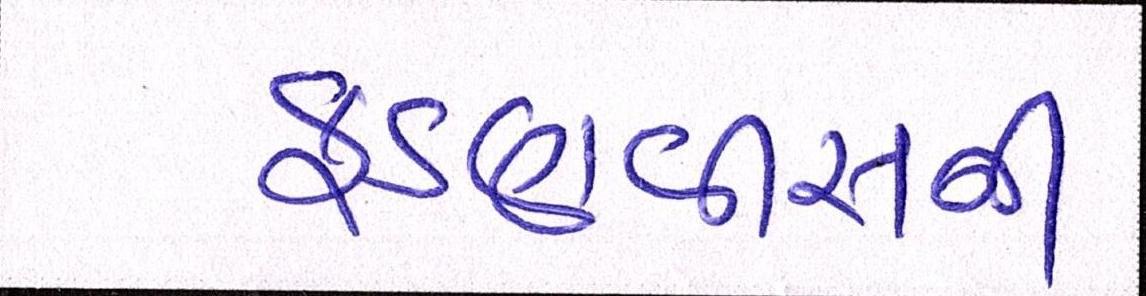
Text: ફડણવીસની